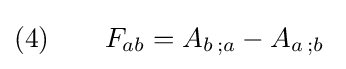
(4)\qquad F_{ab}=A_{b\,;a}-A_{a\,;b}\;